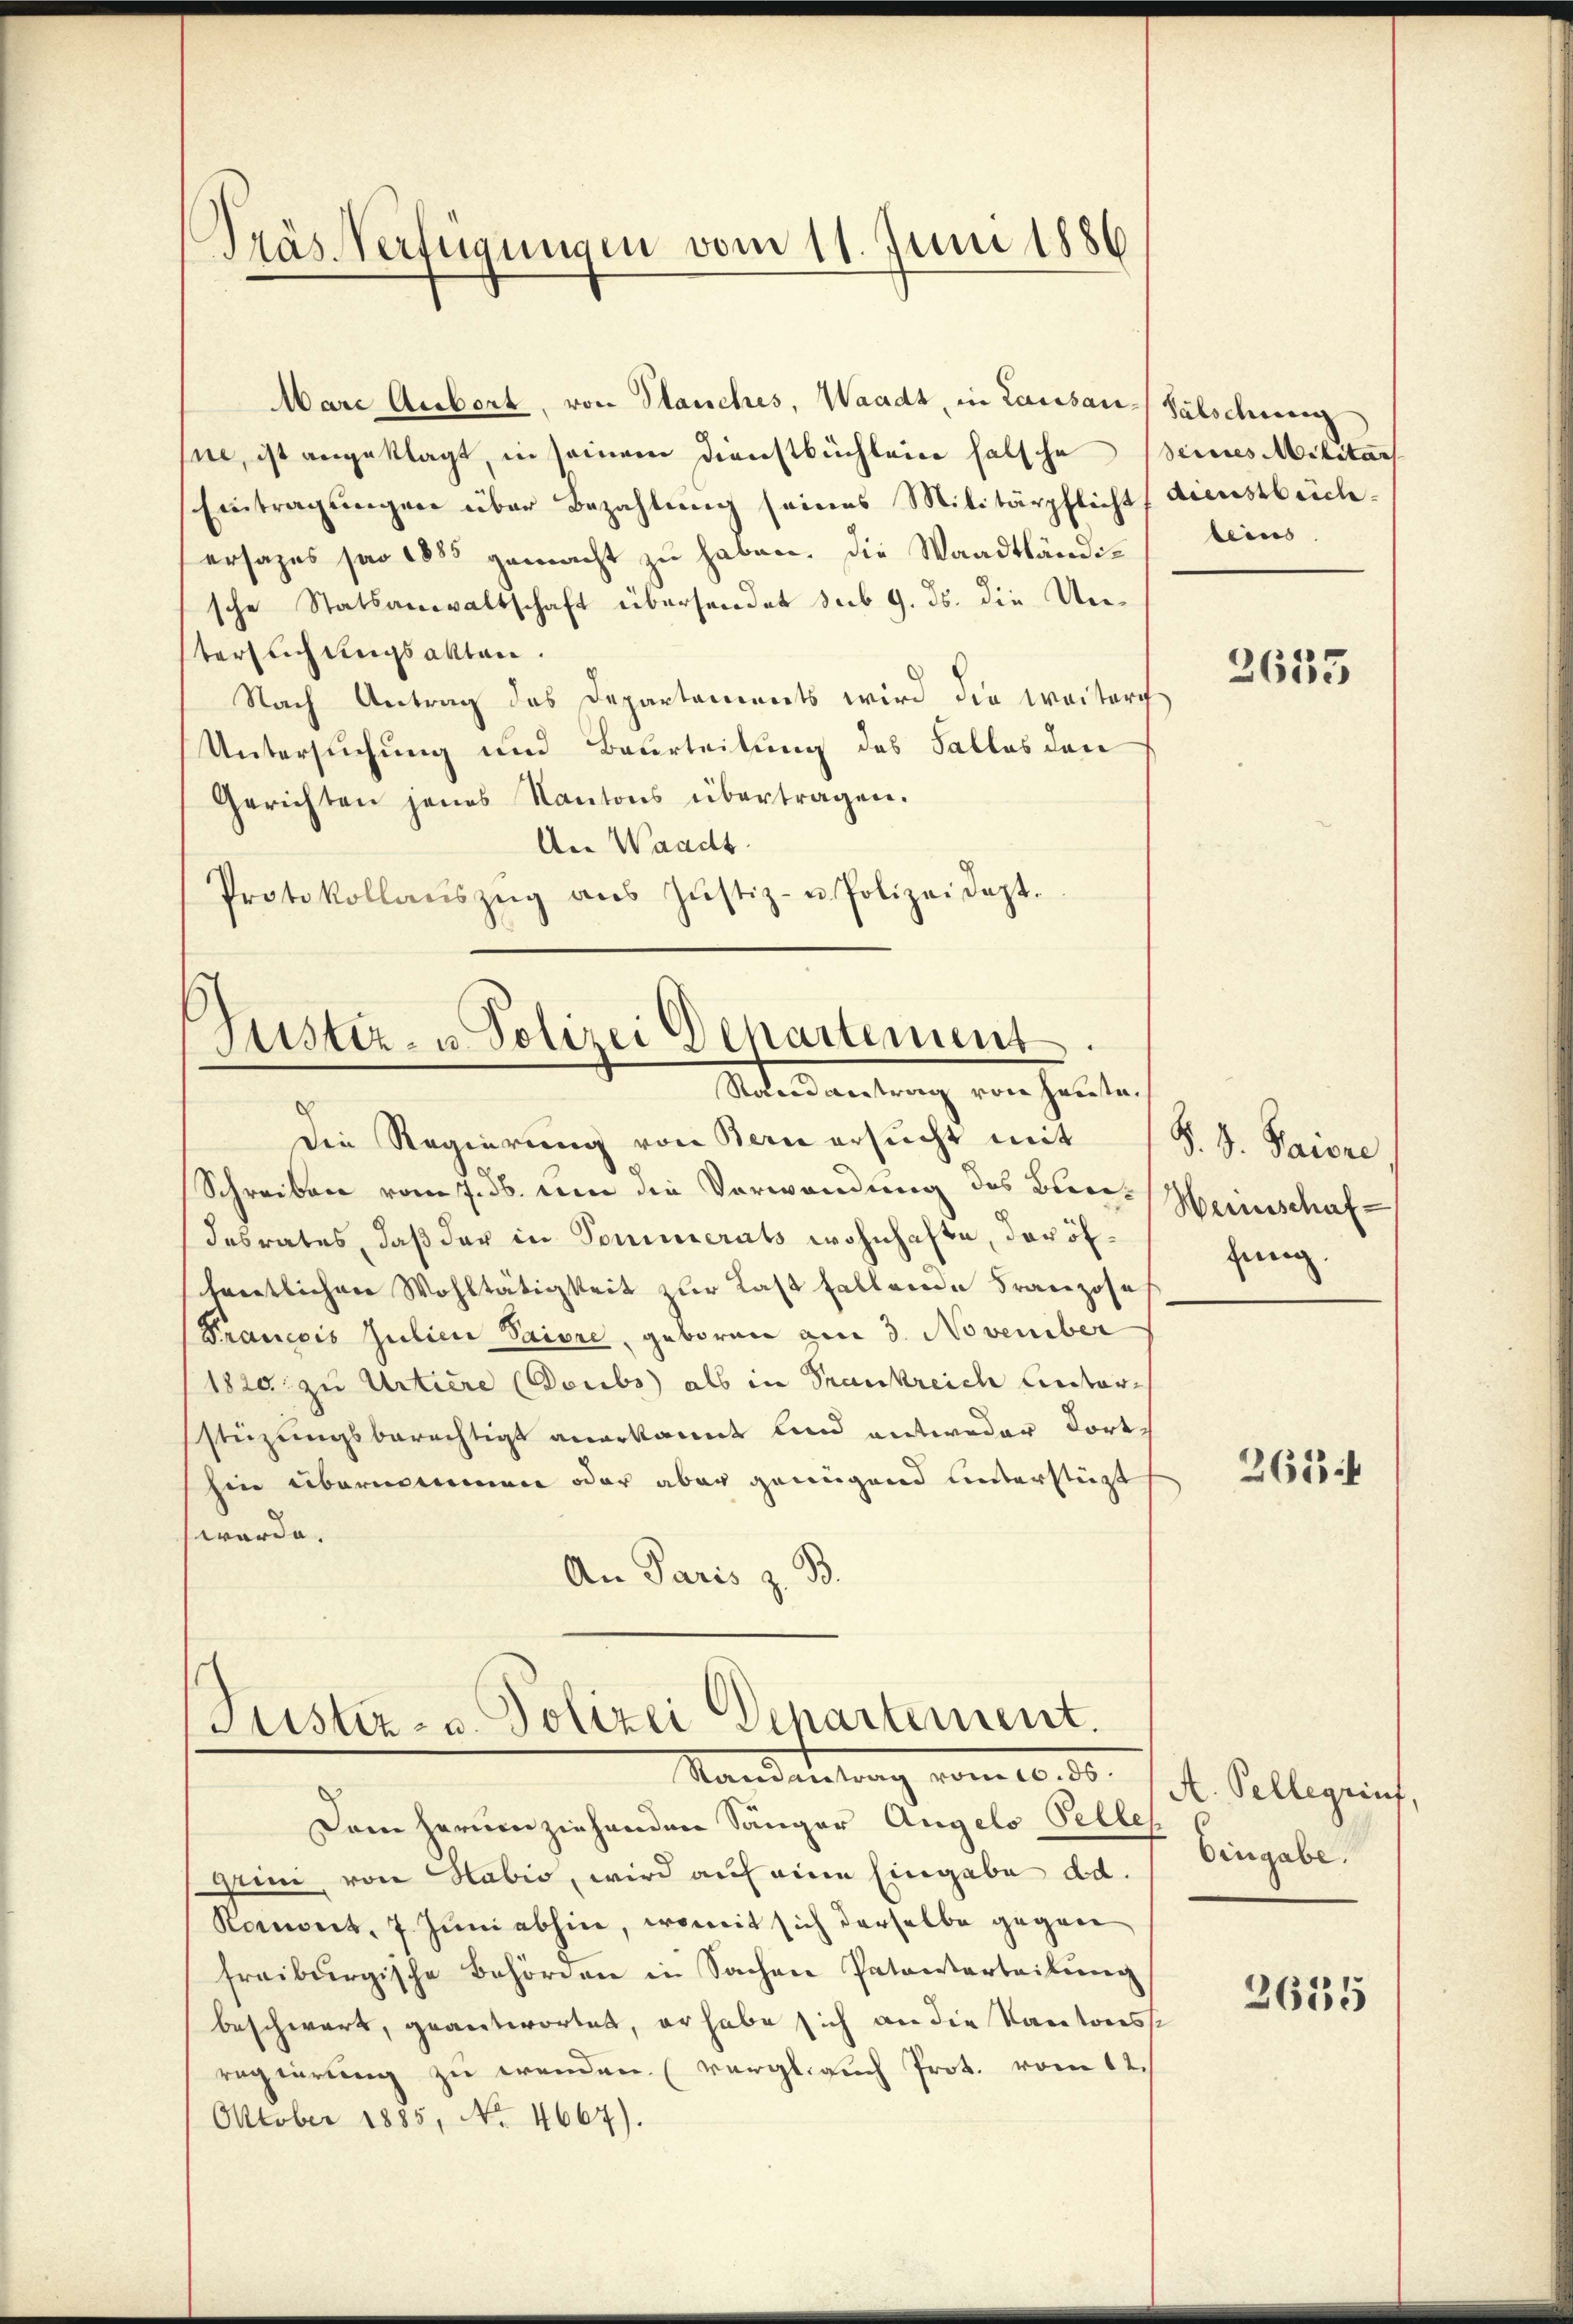
Präs. Verfügungen vom 11. Juni 1886

Justiz- u. Polizei Departement.
Rand antrag von Haute

Marc Aubert, von Stauches, Waadt, in Lausan-Sähschnung
ne, ist angeklagt, in seinem Dienstbüchleine falsche Beines Militar
Eintragungen über Bezahlung seines Militärpflicht (dienstbeichersages pro 1855 gemacht zu haben. Die Waadtländische Statsanwaltschaft übersendet sub 9. ds. die Unterlichungsakten.
Nach Antrag das Departaments wird die Weiter
Untersuchung und Beurteilung des Falles den
Gerichten jenes Kantons übertragen.
An Waadt
Protokollaŭszŭg aŭs Jŭstiz- u Polizeidept.

Justiz- u. Polizei Departement.
Manderung vom 10. 10.

teins

Die Regierung von Bern ersucht mit 1 S. G. Saisre
Schreiben vom 7. ds. um die Verwendung des Bundesrates, daß der in Sommerats wohnhafte, der öffentlichen Wohltätigkeit zur Last fallende Franzose
Prancois Julien Saiore, geboren am 3. November
1820 zu Urtiere (Doubs als in Frankreich Unterstüzungsberechtigt anerkannt und entweder dorthin übernennen oder aber genügend unterstüt
werde.
An Paris z. B.

Dam herumziehenden Sänger Angelo Pelles
Grini, von Habio, wird auf eine Eingabe ad.
Konwert, 7. Juni abhin, womit sich derselbe gegen
freiburgische Behörden in Sachen Patenterteilŭng
beschwart, geantwortet, er habe sich an die Kantonesse
regierung zu wenden. (vergl. auch Prot. vom 12.
Oktober 1885, No. 4667).

2635

Weinschaffung.

261 f

A. Pellegiuf,
Eingabe.

2635